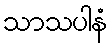
သာသပါနံ